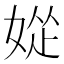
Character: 𫰽